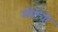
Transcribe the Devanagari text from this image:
ओट्यो